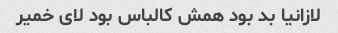
لازانیا بد بود همش کالباس بود لای خمیر